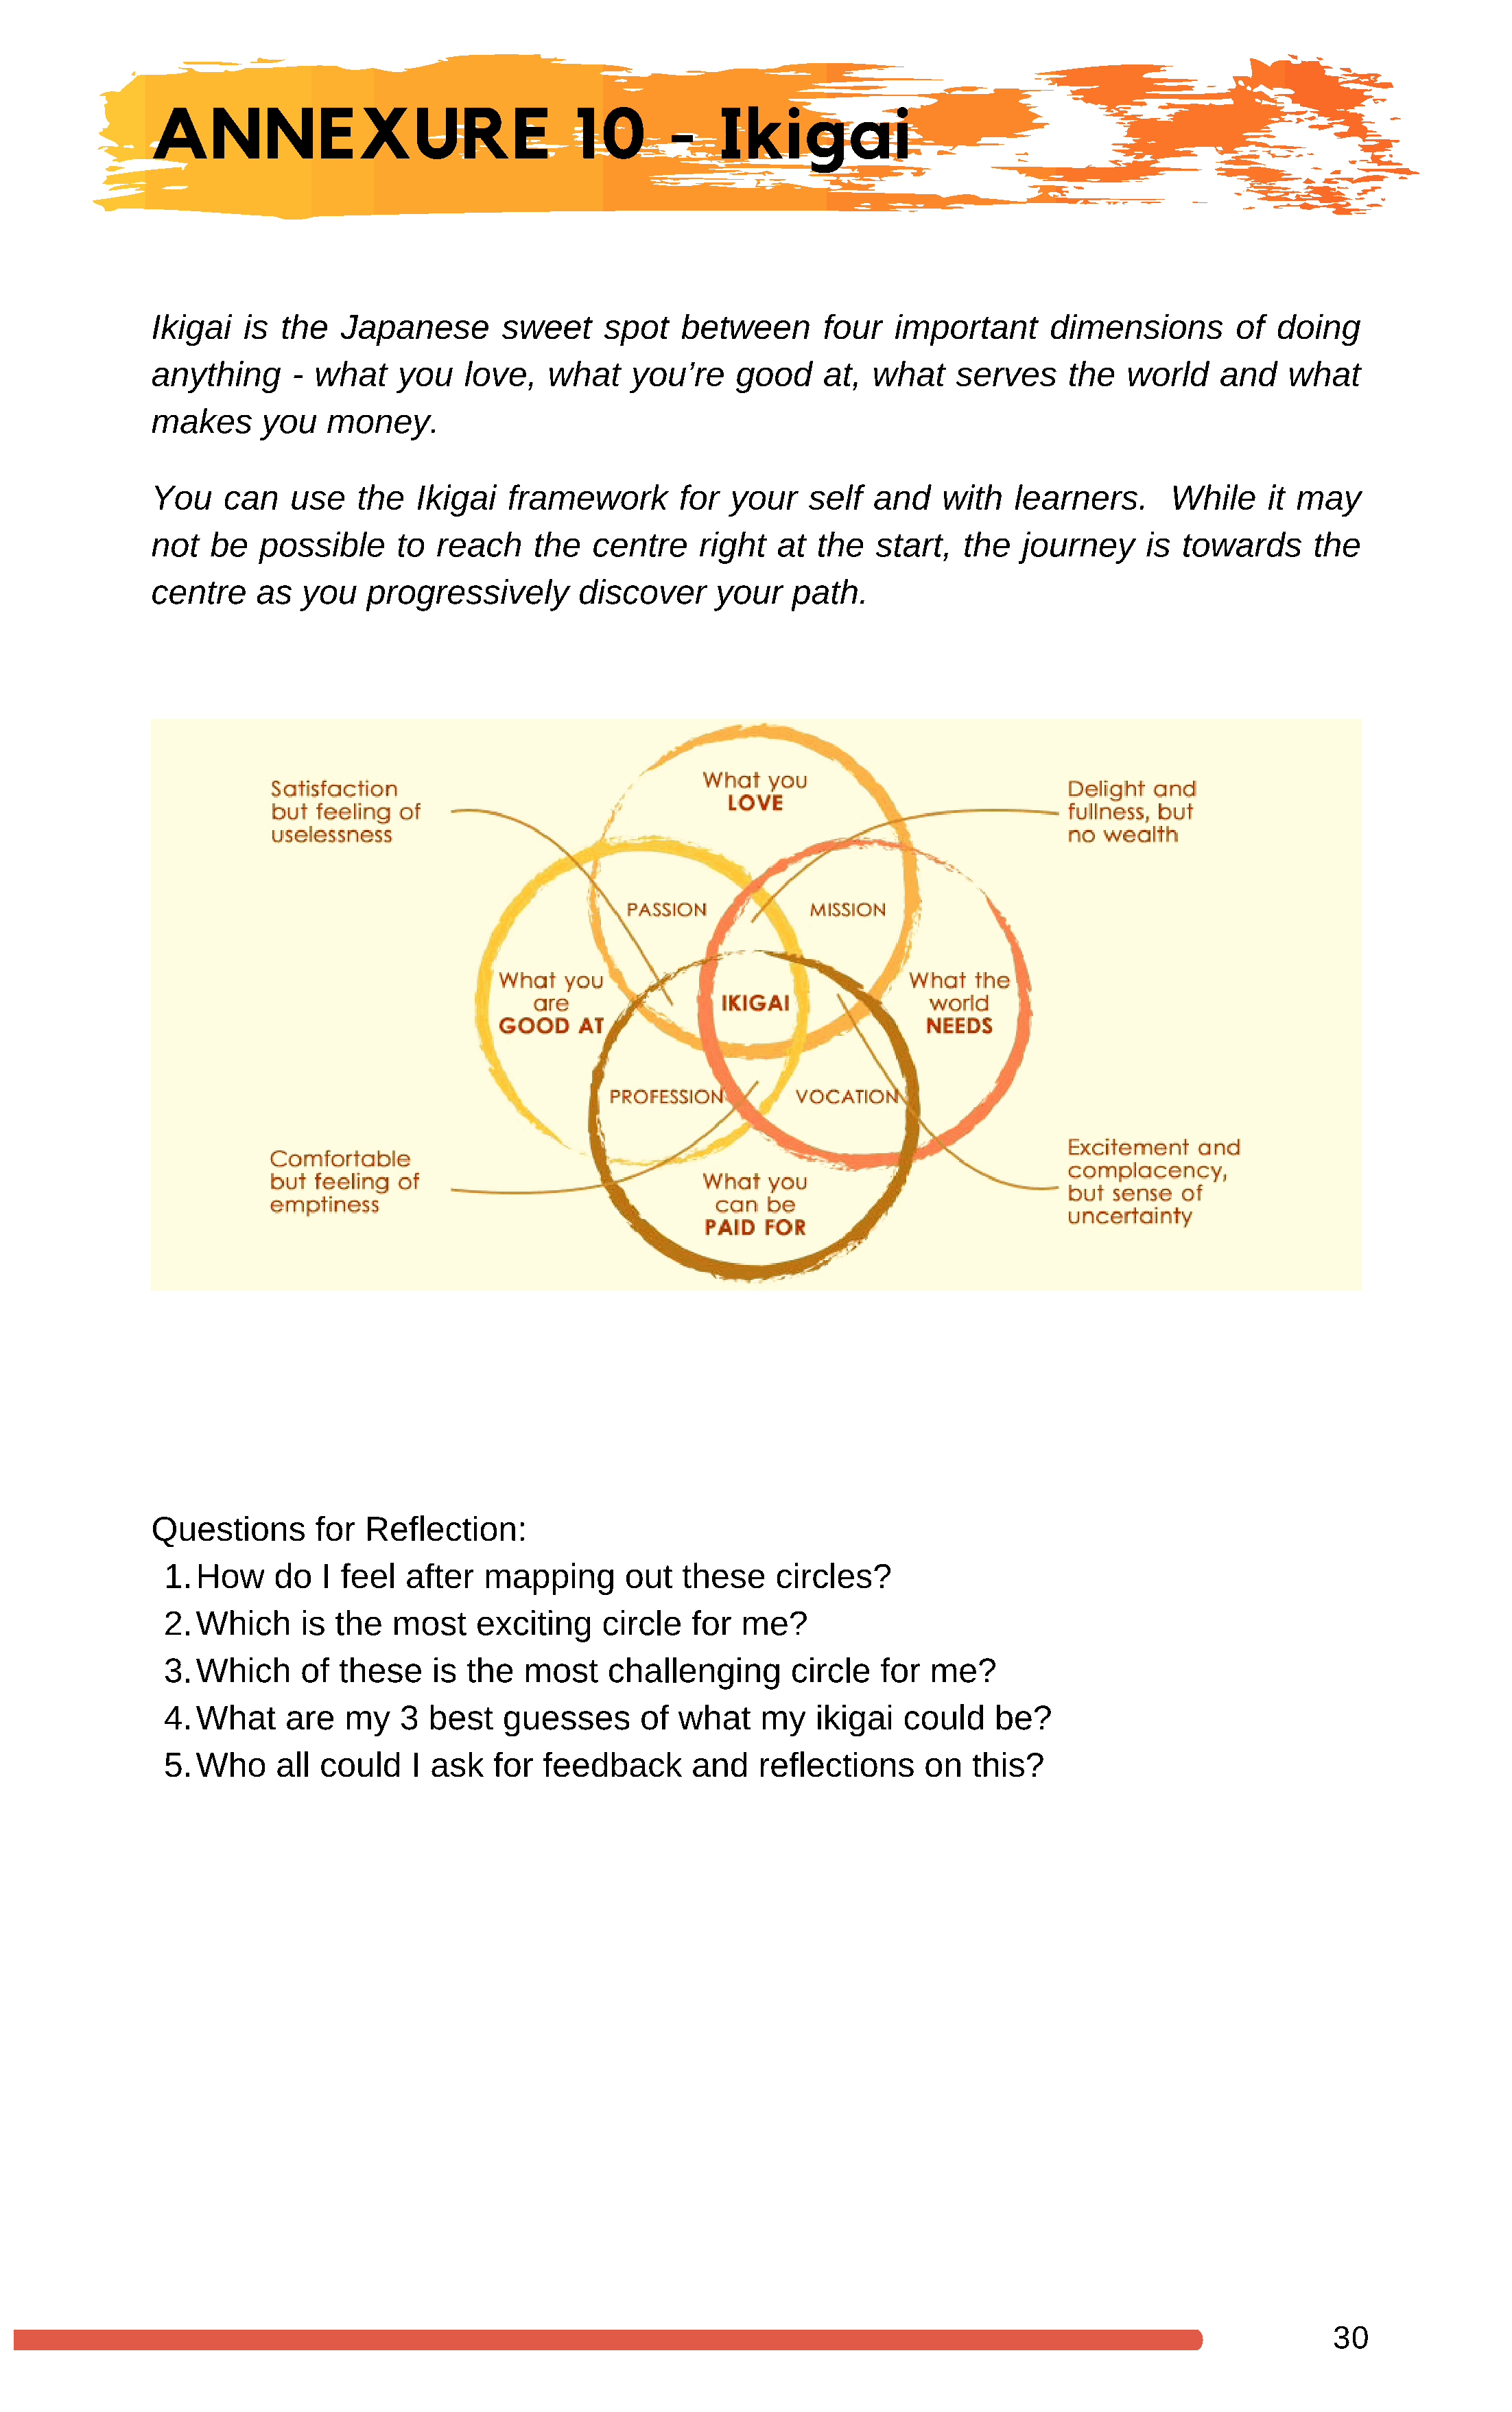
ANNEXURE                                10       -    Ikigai
 Ikigai   is the   Japanese       sweet     spot    between      four   important      dimensions        of  doing
 anything     - what    you    love,   what    you’re    good    at,  what    serves     the   world    and   what
 makes     you    money.
 You    can   use   the   Ikigai   framework        for your    self  and    with   learners.      While    it may
 not  be   possible     to  reach    the   centre    right   at  the  start,   the   journey     is towards      the
 centre    as  you   progressively        discover     your   path.
 Questions      for  Reflection:
 1.How     do   I feel  after   mapping      out   these    circles?
 2.Which      is the   most    exciting    circle   for  me?
 3.Which      of  these    is the   most    challenging      circle   for  me?
 4.What      are  my    3 best    guesses      of what    my    ikigai  could    be?
 5.Who      all could    I ask   for feedback       and   reflections     on   this?
 30